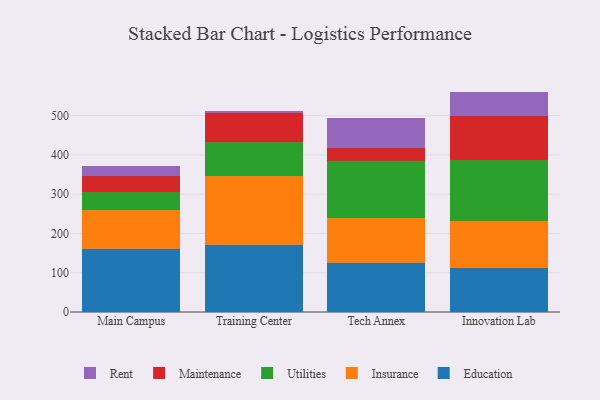
{"axis": {"x": "Campus", "y": "Website Visitors"}, "legend": ["Education", "Insurance", "Maintenance", "Rent", "Utilities"], "data": [{"x": "Main Campus", "y": 161.2, "type": "Education"}, {"x": "Main Campus", "y": 98.5, "type": "Insurance"}, {"x": "Main Campus", "y": 46.0, "type": "Utilities"}, {"x": "Main Campus", "y": 40.4, "type": "Maintenance"}, {"x": "Main Campus", "y": 26.6, "type": "Rent"}, {"x": "Training Center", "y": 170.6, "type": "Education"}, {"x": "Training Center", "y": 175.0, "type": "Insurance"}, {"x": "Training Center", "y": 86.6, "type": "Utilities"}, {"x": "Training Center", "y": 74.0, "type": "Maintenance"}, {"x": "Training Center", "y": 6.2, "type": "Rent"}, {"x": "Tech Annex", "y": 124.1, "type": "Education"}, {"x": "Tech Annex", "y": 115.5, "type": "Insurance"}, {"x": "Tech Annex", "y": 144.1, "type": "Utilities"}, {"x": "Tech Annex", "y": 33.0, "type": "Maintenance"}, {"x": "Tech Annex", "y": 77.1, "type": "Rent"}, {"x": "Innovation Lab", "y": 111.5, "type": "Education"}, {"x": "Innovation Lab", "y": 121.3, "type": "Insurance"}, {"x": "Innovation Lab", "y": 155.2, "type": "Utilities"}, {"x": "Innovation Lab", "y": 110.7, "type": "Maintenance"}, {"x": "Innovation Lab", "y": 62.4, "type": "Rent"}]}